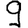
Digit: 9